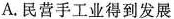
A. 民营手工业得到发展